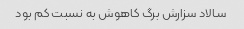
سالاد سزارش برگ کاهوش به نسبت کم بود